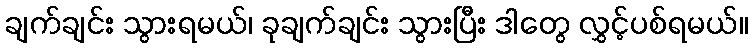
ချက်ချင်း သွားရမယ်၊ ခုချက်ချင်း သွားပြီး ဒါတွေ လွှင့်ပစ်ရမယ်။